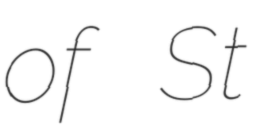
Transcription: of St